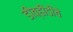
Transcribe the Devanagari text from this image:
डीव्हीडीचे